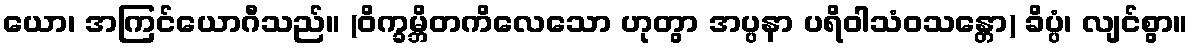
ယော၊ အကြင်ယောဂီသည်။ (ဝိက္ခမ္ဘိတကိလေသော ဟုတွာ အပ္ပနာ ပရိဝါသံဝသန္တော) ခိပ္ပံ၊ လျင်စွာ။